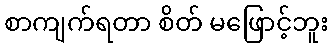
စာကျက်ရတာ စိတ် မဖြောင့်ဘူး